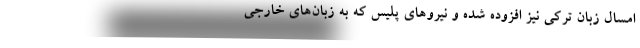
امسال زبان ترکی نیز افزوده شده و نیرو‌های پلیس که به زبان‌های خارجی